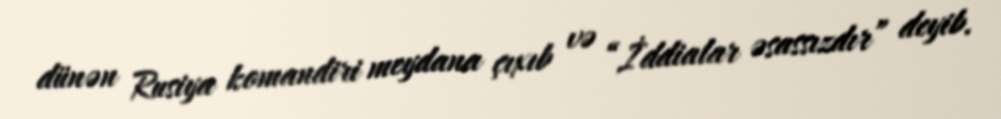
dünən Rusiya komandiri meydana çıxıb və “İddialar əsassızdır” deyib.